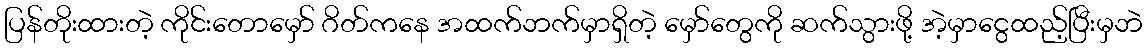
ပြန်တိုးထားတဲ့ ကိုင်းတောမှော် ဂိတ်ကနေ အထက်ဘက်မှာရှိတဲ့ မှော်တွေကို ဆက်သွားဖို့ အဲ့မှာငွေထည့်ပြီးမှဘဲ